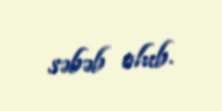
səbəb olub.